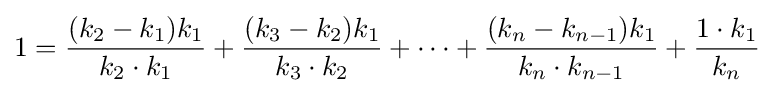
1={\frac {(k_{2}-k_{1})k_{1}}{k_{2}\cdot k_{1}}}+{\frac {(k_{3}-k_{2})k_{1}}{k_{3}\cdot k_{2}}}+\dots +{\frac {(k_{n}-k_{n-1})k_{1}}{k_{n}\cdot k_{n-1}}}+{\frac {1\cdot k_{1}}{k_{n}}}